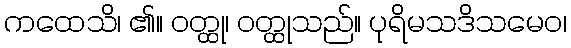
ကထေသိ၊ ၏။ ဝတ္ထု၊ ဝတ္ထုသည်။ ပုရိမသဒိသမေဝ၊